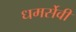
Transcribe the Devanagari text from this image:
धमर्सेवी